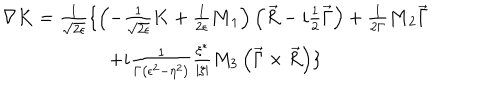
LaTeX: \begin{array} { c } { { \nabla { \bf K } = \frac 1 { \sqrt { 2 \epsilon } } \{ \left( - \frac 1 { \sqrt { 2 \epsilon } } { \bf K } + \frac 1 { 2 \epsilon } { \bf M } _ { 1 } \right) \left( \vec { R } - i \frac 1 2 \vec { \Gamma } \right) + \frac 1 { 2 \Gamma } { \bf M } _ { 2 } \vec { \Gamma } } } \\ { { + i \frac 1 { \Gamma \left( \epsilon ^ { 2 } - \eta ^ { 2 } \right) } \frac { \xi ^ { * } } { \left| \xi \right| } M _ { 3 } \left( \vec { \Gamma } \times \vec { R } \right) \} } } \\ \end{array}